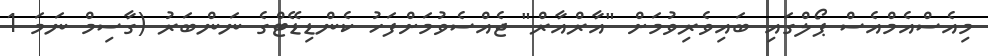
މިއެސްއެމްއެސް ޕޯލްގައި ބައިވެރިވުމަށް "އާރްއާރް" ޖެއްސެވުމަށްފަހު ކެންޑިޑޭޓްގެ ނަންބަރު (ގާސިމް ނަމަ 1